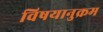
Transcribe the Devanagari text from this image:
विषयानुक्रम